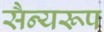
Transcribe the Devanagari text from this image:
सैन्यरूप